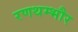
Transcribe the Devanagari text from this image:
रणथम्‍भौर